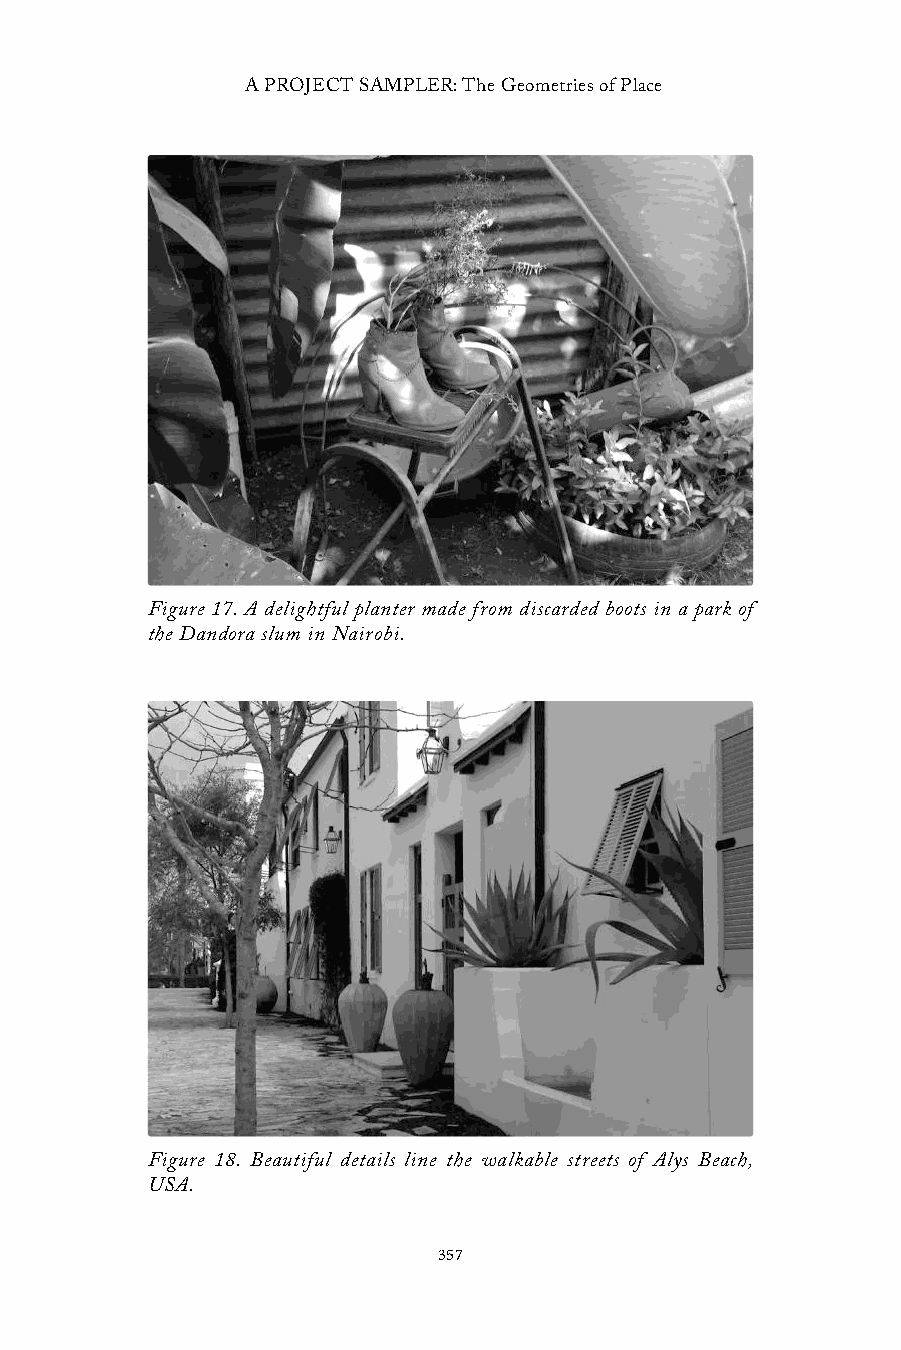
A PROJECT SAMPLER: The Geometries of Place
 Figure 17. A delightful planter made from discarded boots in a park of
 the Dandora slum in Nairobi.
 Figure 18. Beautiful details line the walkable streets of Alys Beach,
 USA.
 357